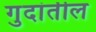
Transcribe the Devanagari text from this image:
गुदांतील